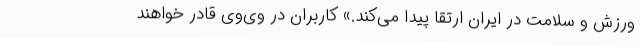
ورزش و سلامت در ایران ارتقا پیدا می‌کند.» کاربران در وی‌وی قادر خواهند